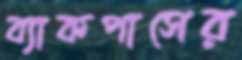
ব্যাকপাসের